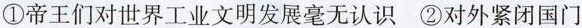
①帝王们对世界工业文明发展毫无认识②对外紧闭国门